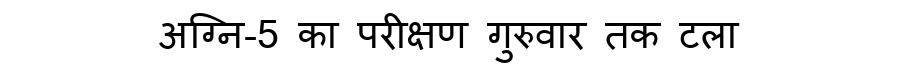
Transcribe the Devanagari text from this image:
अग्नि-5 का परीक्षण गुरुवार तक टला